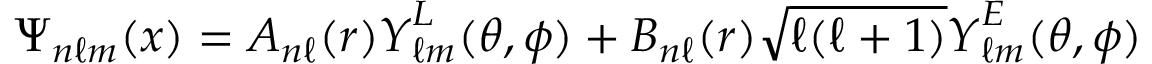
\boldsymbol { \Psi } _ { n \ell m } ( \boldsymbol { x } ) = A _ { n \ell } ( r ) \boldsymbol { Y } _ { \ell m } ^ { L } ( \theta , \phi ) + B _ { n \ell } ( r ) \sqrt { \ell ( \ell + 1 ) } \boldsymbol { Y } _ { \ell m } ^ { E } ( \theta , \phi )